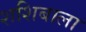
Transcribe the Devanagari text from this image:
शशिबाला